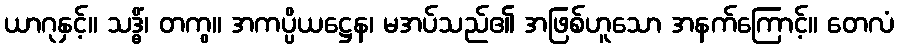
ယာဂုနှင့်။ သဒ္ဓိံ၊ တကွ။ အကပ္ပိယဋ္ဌေန၊ မအပ်သည်၏ အဖြစ်ဟူသော အနက်ကြောင့်။ တေလံ